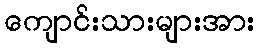
ကျောင်းသားများအား